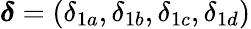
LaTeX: \boldsymbol{\delta}=(\delta_{1a},\delta_{1b},\delta_{1c},\delta_{1d})